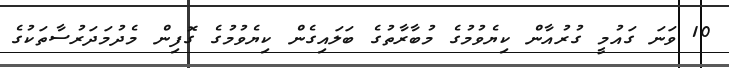
10 ވަނަ ގައުމީ ގުރުއާން ކިޔެވުމުގެ މުބާރާތުގެ ބަލައިގެން ކިޔެވުމުގެ ގޮފިން މެދުމަދަރުސާތަކުގެ